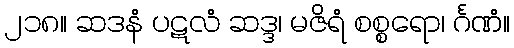
၂၁၈။ ဆဒနံ ပဋလံ ဆဒ္ဒ၊ မဇိရံ စစ္စရော၊ င်္ဂဏံ။